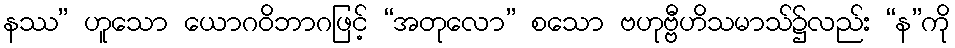
နဿ” ဟူသော ယောဂဝိဘာဂဖြင့် “အတုလော” စသော ဗဟုဗ္ဗီဟိသမာသ်၌လည်း “န”ကို